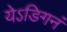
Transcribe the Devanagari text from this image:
येऽङिगनं